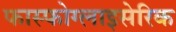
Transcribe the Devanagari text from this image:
फास्फोग्लाइसेरिक